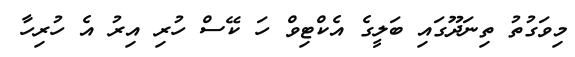
މިވަގުތު ތިނަދޫގައި ބަލީގެ އެކްޓިވް ހަ ކޭސް ހުރި އިރު އެ ހުރިހާ